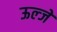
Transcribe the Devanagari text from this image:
ऊल्जे